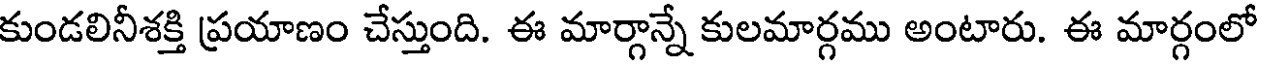
కుండలినీశక్తి ప్రయాణం చేస్తుంది. ఈ మార్గాన్నే కులమార్గము అంటారు. ఈ మార్గంలో